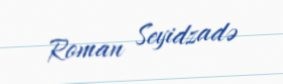
Roman Seyidzadə